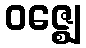
ဝဇ္ဈေ